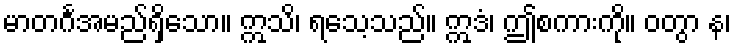
မာတင်္ဂအမည်ရှိသော။ ဣသိ၊ ရသေ့သည်။ ဣဒံ၊ ဤစကားကို။ ဝတွာ န၊